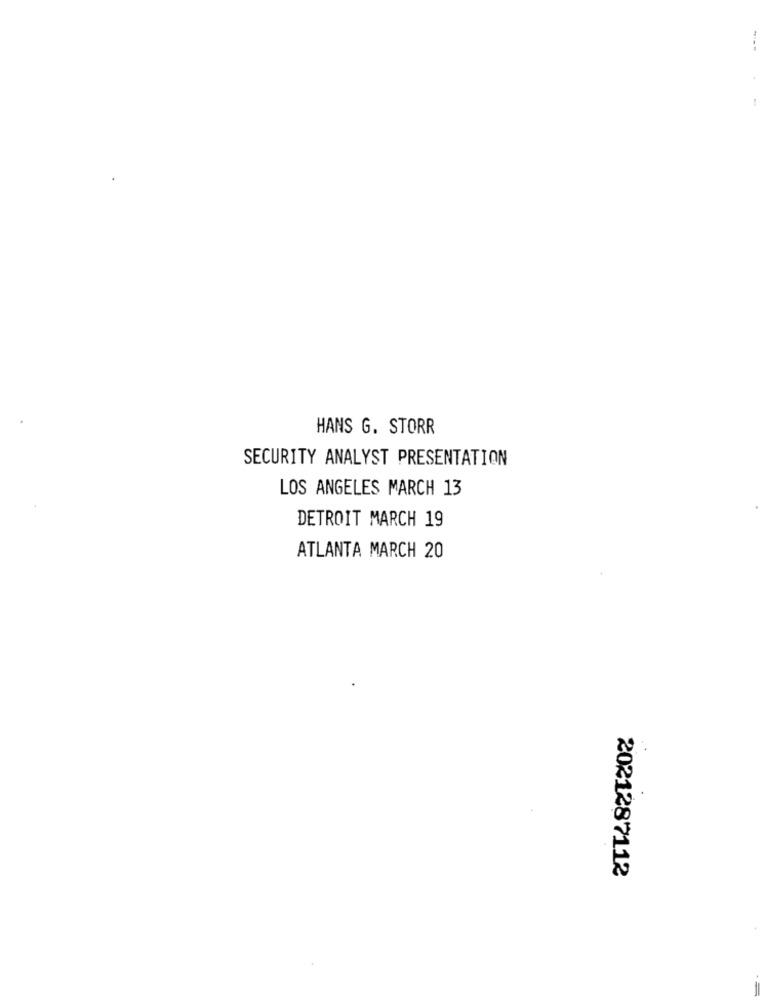
HANS G. STORR
SECURITY ANALYST PRESENTATION
LOS ANGELES MARCH 13
DETROIT MARCH 19
ATLANTA MARCH 20
2021287112